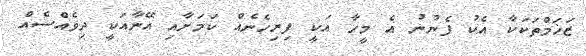
ޒަޚަމްތަކަކާ އެކު ފެނުނު އެ މީހާ އަކީ ފިރިހެނެއް ކަމަށާއި އޭނާއަކީ ދިވެއްސެއް